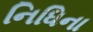
નિધિના